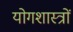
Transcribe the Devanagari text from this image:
योगशास्त्रों